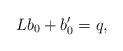
LaTeX: \begin{align*}Lb_{0}+b_{0}^{\prime}=q, \end{align*}